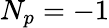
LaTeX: N_{p}=-1